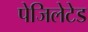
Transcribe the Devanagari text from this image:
पेजिलेटेड